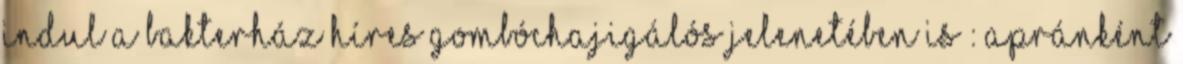
Indul a bakterház híres gombóchajigálós jelenetében is : Apránként